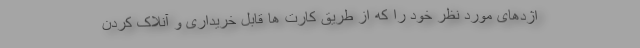
اژدهای مورد نظر خود را که از طریق کارت ها قابل خریداری و آنلاک کردن